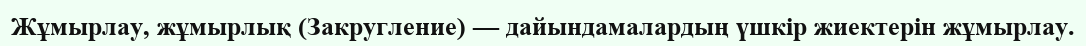
Жұмырлау, жұмырлық (Закругление) — дайындамалардың үшкір жиектерін жұмырлау.